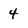
Character: 4